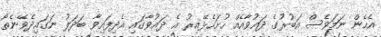
އެހެން ނަމަވެސް އަބުރުގެ ދައުވާއެއް ހުށަހެޅޭއިރު އެ ދައުވާގައި އެދިފައިވާ ބަދަލު ނަގައިދެވޭނެތޯ